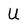
Character: U